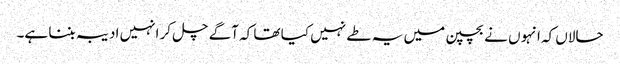
حالاں کہ انہو ں نے بچپن میں یہ طے نہیں کیا تھا کہ آگے چل کر انہیں ادیبہ بننا ہے۔